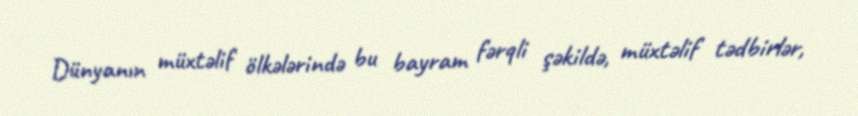
Dünyanın müxtəlif ölkələrində bu bayram fərqli şəkildə, müxtəlif tədbirlər,